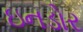
ઇનડોર